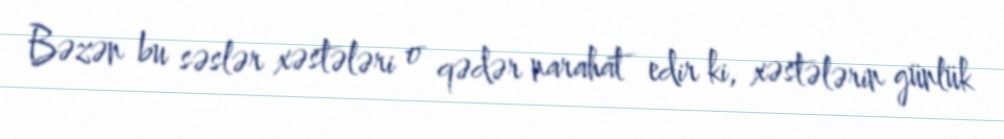
Bəzən bu səslər xəstələri o qədər narahat edir ki, xəstələrin günlük